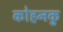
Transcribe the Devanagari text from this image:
कोहनकु